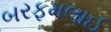
બરફમલાઈ